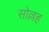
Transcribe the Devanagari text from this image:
सोल्लह